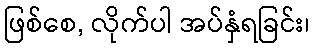
ဖြစ်စေ, လိုက်ပါ အပ်နှံရခြင်း၊